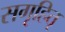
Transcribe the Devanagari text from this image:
सगृहितृ